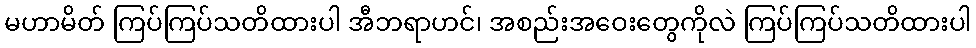
မဟာမိတ် ကြပ်ကြပ်သတိထားပါ အီဘရာဟင်၊ အစည်းအဝေးတွေကိုလဲ ကြပ်ကြပ်သတိထားပါ